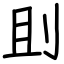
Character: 刞